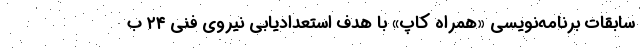
سابقات برنامه‌نویسی «همراه کاپ» با هدف استعدادیابی نیروی فنی ٢۴ ب